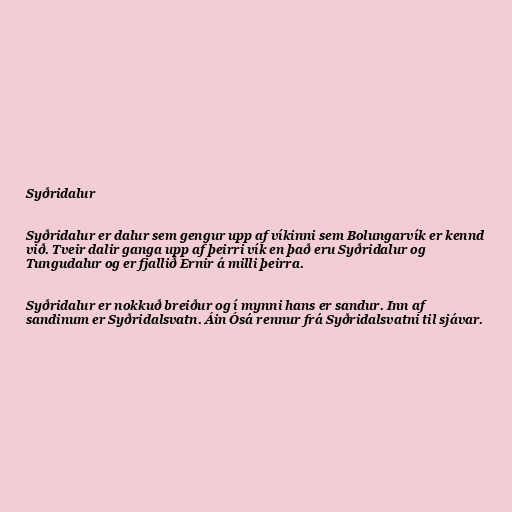
Syðridalur

Syðridalur er dalur sem gengur upp af víkinni sem Bolungarvík er kennd
við. Tveir dalir ganga upp af þeirri vík en það eru Syðridalur og
Tungudalur og er fjallið Ernir á milli þeirra.

Syðridalur er nokkuð breiður og í mynni hans er sandur. Inn af
sandinum er Syðridalsvatn. Áin Ósá rennur frá Syðridalsvatni til sjávar.